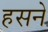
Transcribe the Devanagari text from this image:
हसने